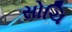
સોચિ